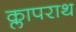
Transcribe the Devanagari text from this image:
क्लापराथ